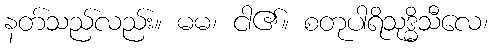
နတ်သည်လည်း။ မမ၊ ငါ၏။ စတုပါရိသုဒ္ဓိသီလေ၊